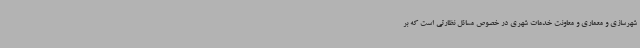
شهرسازی و معماری و معاونت خدمات شهری در خصوص مسائل نظارتی است که بر